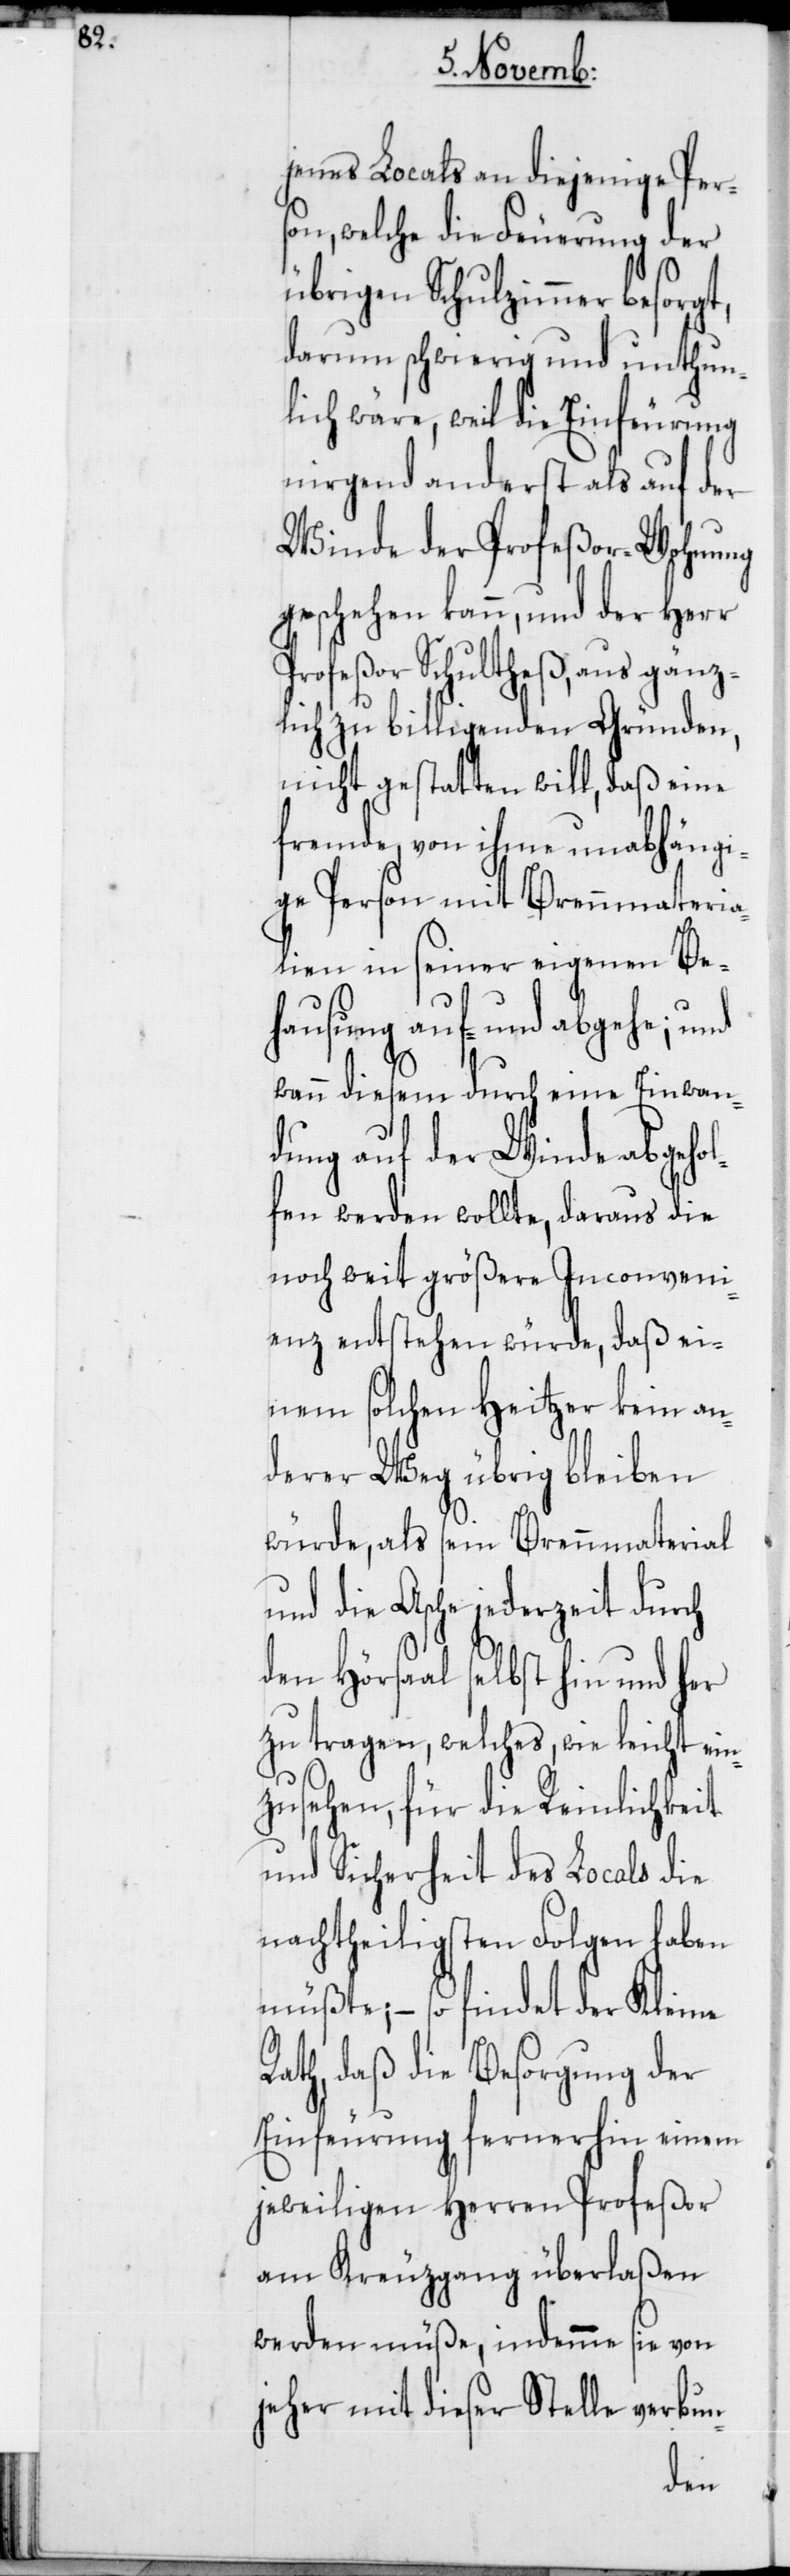
R¬

nes Locals an diejenige Per¬
son, welche die Feuerung der
übrigen Schulzimmer besorg¬
darum schwierig und unthun¬
lich wäre, weil die Einfeurung
nirgend anderst als auf der
Winde der Profeßor-Wohnung
geschehen kann, und der Herr
Profeßor Schultheß, aus gänz¬
lich zu billigenden Gründen,
nicht gestatten will, daß eine
fremde, von ihme unabhängi¬
ge Person mit Brennmateria¬
lien in seiner eigenen Be¬
hausung auf- und abgehe; und
t,
wann diesem durch eine Einwan¬
dung auf der Winde abgeho¬
lfen werden wollte, daraus die
noch weit größere Inconveni¬
enz entstehen würde, daß ei¬
nem solchen Heitzer kein an¬
derer Weg übrig bleiben
würde, als sein Brennmaterial
und die Asche jederzeit durch
den Hörsaal selbst hin und her
zu tragen, welches, wie leicht ein¬
zusehen, für die Reinlichkeit
und Sicherheit des Locals die
nachtheiligsten Folgen haben
müßte; – so findet der Kleine
ath, daß die Besorgung der
Einfeurung fernerhin einem
jeweiligen Herren Profeßor
am Kreuzgang überlaßen
werden müße, indemme sie von
jeher mit dieser Stelle verbun-